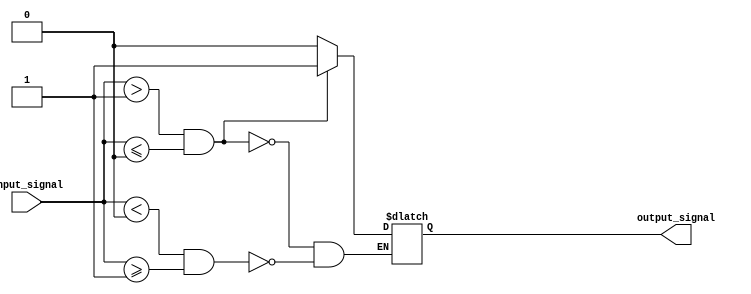
module schmitt_trigger_buffer (
    input wire input_signal,
    output reg output_signal
);

parameter upper_threshold = 1;
parameter lower_threshold = 0;
reg previous_signal;

always @(input_signal)
begin
    if (input_signal > upper_threshold && previous_signal <= lower_threshold)
        output_signal <= 1;
    else if (input_signal < lower_threshold && previous_signal >= upper_threshold)
        output_signal <= 0;
    
    previous_signal <= input_signal;
end

endmodule